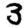
Digit: 3